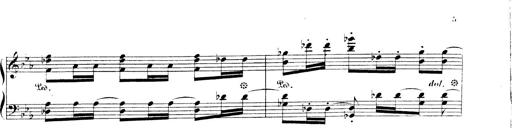
Title: 3 Chansons
Composer: Franz Liszt